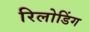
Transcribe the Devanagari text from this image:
रिलोडिंग